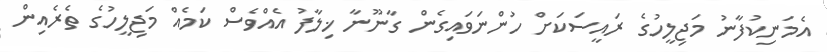
އެމަނިކުފާނު މަޖިލީހުގެ ރައީސަކަށް ހުންނަވައިގެން ގާނޫނާ ޚިލާފު އެއްވެސް ކަމެއް މަޖިލީހުގެ ތެރެއިން